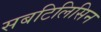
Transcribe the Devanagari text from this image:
सबटिलिसिन